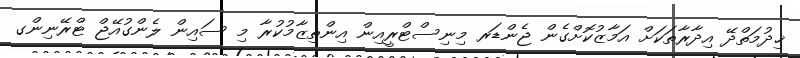
ޚިދުމަތްދޭ އިދާރާތަކަށް އަމާޒުކޮށްގެން ޖެންޑަރ މިނިސްޓްރީއިން އިންތިޒާމުކުރާ މި ސައިން ލެންގުއޭޖް ޓްރޭނިންގ